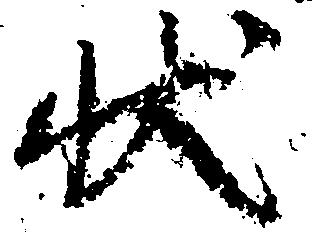
状